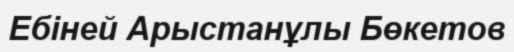
Ебіней Арыстанұлы Бөкетов